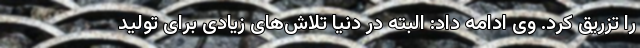
را تزریق کرد. وی ادامه داد: البته در دنیا تلاش‌‌‌های زیادی برای تولید